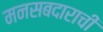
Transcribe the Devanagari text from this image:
मनसबदाराची